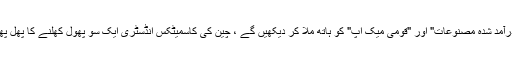
اس نمائش میں ، سامعین "درآمد شدہ مصنوعات" اور "قومی میک اپ" کو ہاتھ ملا کر دیکھیں گے ، چین کی کاسمیٹکس انڈسٹری ایک سو پھول کھلنے کا پھل پھول منظر پیش کررہی ہے!